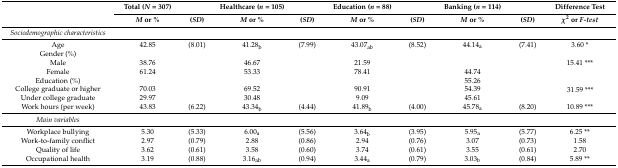
<table><thead><tr><td rowspan="2"></td><td><b>Total (<i>N</i> = 307)</b></td><td></td><td><b>Healthcare (<i>n</i> = 105)</b></td><td></td><td><b>Education (<i>n</i> = 88)</b></td><td></td><td><b>Banking (<i>n</i> = 114)</b></td><td></td><td><b>Difference Test</b></td></tr><tr><td><b><i>M</i> or %</b></td><td><b>(<i>SD</i>)</b></td><td><b><i>M</i> or %</b></td><td><b>(<i>SD</i>)</b></td><td><b><i>M</i> or %</b></td><td><b>(<i>SD</i>)</b></td><td><b><i>M</i> or %</b></td><td><b>(<i>SD</i>)</b></td><td><b><i>χ</i><sup>2</sup> or <i>F-test</i></b></td></tr></thead><tbody><tr><td><i>Sociodemographic characteristics</i></td><td></td><td></td><td></td><td></td><td></td><td></td><td></td><td></td><td></td></tr><tr><td>Age</td><td>42.85</td><td>(8.01)</td><td>41.28<sub>b</sub></td><td>(7.99)</td><td>43.07<sub>ab</sub></td><td>(8.52)</td><td>44.14<sub>a</sub></td><td>(7.41)</td><td>3.60 *</td></tr><tr><td>Gender (%)</td><td></td><td></td><td></td><td></td><td></td><td></td><td></td><td></td><td rowspan="3">15.41 ***</td></tr><tr><td>Male</td><td>38.76</td><td></td><td>46.67</td><td></td><td>21.59</td><td></td><td></td><td></td></tr><tr><td>Female</td><td>61.24</td><td></td><td>53.33</td><td></td><td>78.41</td><td></td><td>44.74</td><td></td></tr><tr><td>Education (%)</td><td></td><td></td><td></td><td></td><td></td><td></td><td>55.26</td><td></td><td rowspan="3">31.59 ***</td></tr><tr><td>College graduate or higher</td><td>70.03</td><td></td><td>69.52</td><td></td><td>90.91</td><td></td><td>54.39</td><td></td></tr><tr><td>Under college graduate</td><td>29.97</td><td></td><td>30.48</td><td></td><td>9.09</td><td></td><td>45.61</td><td></td></tr><tr><td>Work hours (per week)</td><td>43.83</td><td>(6.22)</td><td>43.34<sub>b</sub></td><td>(4.44)</td><td>41.89<sub>b</sub></td><td>(4.00)</td><td>45.78<sub>a</sub></td><td>(8.20)</td><td>10.89 ***</td></tr><tr><td><i>Main variables</i></td><td></td><td></td><td></td><td></td><td></td><td></td><td></td><td></td><td></td></tr><tr><td>Workplace bullying</td><td>5.30</td><td>(5.33)</td><td>6.00<sub>a</sub></td><td>(5.56)</td><td>3.64<sub>b</sub></td><td>(3.95)</td><td>5.95<sub>a</sub></td><td>(5.77)</td><td>6.25 **</td></tr><tr><td>Work-to-family conflict</td><td>2.97</td><td>(0.79)</td><td>2.88</td><td>(0.86)</td><td>2.94</td><td>(0.76)</td><td>3.07</td><td>(0.73)</td><td>1.58</td></tr><tr><td>Quality of life</td><td>3.62</td><td>(0.61)</td><td>3.58</td><td>(0.60)</td><td>3.74</td><td>(0.61)</td><td>3.55</td><td>(0.61)</td><td>2.70</td></tr><tr><td>Occupational health</td><td>3.19</td><td>(0.88)</td><td>3.16<sub>ab</sub></td><td>(0.94)</td><td>3.44<sub>a</sub></td><td>(0.79)</td><td>3.03<sub>b</sub></td><td>(0.84)</td><td>5.89 **</td></tr></tbody></table>